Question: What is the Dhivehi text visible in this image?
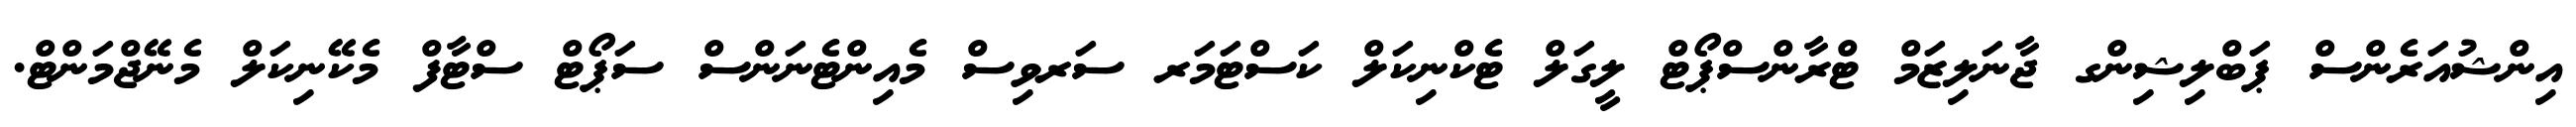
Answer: އިންޝުއަރެންސް ޕަބްލިޝިންގ ޖާނަލިޒަމް ޓްރާންސްޕޯޓް ލީގަލް ޓެކްނިކަލް ކަސްޓަމަރ ސަރވިސް މެއިންޓެނަންސް ސަޕޯޓް ސްޓާފް މެކޭނިކަލް މެނޭޖްމަންޓް.